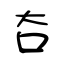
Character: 夻